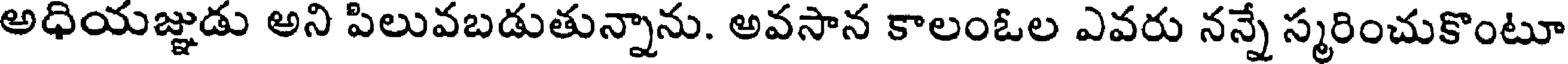
అధియజ్ఞుడు అని పిలువబడుతున్నాను. అవసాన కాలంఓల ఎవరు నన్నే స్మరించుకొంటూ